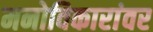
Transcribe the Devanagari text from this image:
मनोविकारांवर